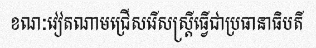
ខណៈវៀតណាមជ្រើសរើសស្ត្រីធ្វើជាប្រធានាធិបតី